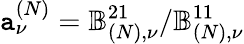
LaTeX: \mathtt{a}_{\nu}^{(N)}=\mathbb{{B}}_{(N),\nu}^{21}/\mathbb{{B}}_{(N),\nu}^{11}